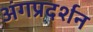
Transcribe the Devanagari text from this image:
अंगप्रदर्शन